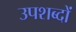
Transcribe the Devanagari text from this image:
उपशब्दों